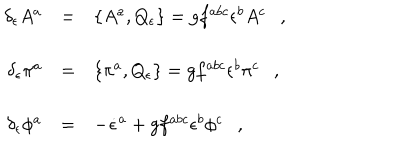
\begin{array} { r c l } { { \delta _ { \epsilon } A ^ { a } } } & { { = } } & { { \{ A ^ { a } , Q _ { \epsilon } \} = g f ^ { a b c } \epsilon ^ { b } A ^ { c } \ \ \ , } } \\ { { \delta _ { \epsilon } \pi ^ { a } } } & { { = } } & { { \{ \pi ^ { a } , Q _ { \epsilon } \} = g f ^ { a b c } \epsilon ^ { b } \pi ^ { c } \ \ \ , } } \\ { { \delta _ { \epsilon } \phi ^ { a } } } & { { = } } & { { - \dot { \epsilon } ^ { a } + g f ^ { a b c } \epsilon ^ { b } \phi ^ { c } \ \ \ , } } \\ \end{array}